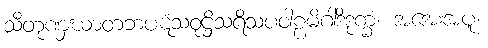
သီတုဏှဃာတဘပဋံသဝုဋ္ဌိသရိသပဝါဠမိဂါဒိဒုက္ခံ၊ အအေးအပူ၊